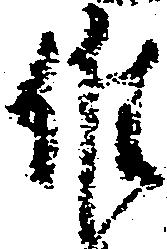
候